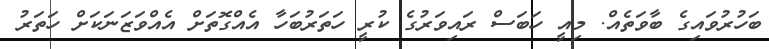
ބަހުރުވައިގެ ބާވަތެއް. މިއީ ހަބަސް ރައިވަރުގެ ކުރީ ހަތަރުބަހާ އެއްގޮތަށް އެއްވަޒަނަކަށް ހަތަރު